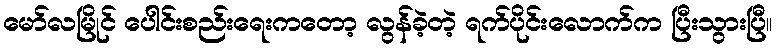
မော်လမြိုင် ပေါင်းစည်းရေးကတော့ လွန်ခဲ့တဲ့ ရက်ပိုင်းလောက်က ပြီးသွားပြီ။